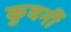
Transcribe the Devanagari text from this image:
कुवर्नी